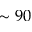
\sim 9 0